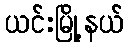
ယင်းမြို့နယ်